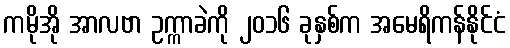
ကမိုအို အာလဗာ ဥက္ကာခဲကို ၂၀၁၆ ခုနှစ်က အမေရိကန်နိုင်ငံ